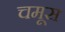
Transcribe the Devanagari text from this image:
चमूस